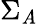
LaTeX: \Sigma_{\mathit{A}}